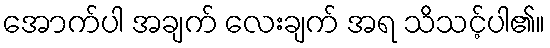
အောက်ပါ အချက် လေးချက် အရ သိသင့်ပါ၏။